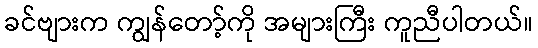
ခင်ဗျားက ကျွန်တော့်ကို အများကြီး ကူညီပါတယ်။